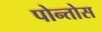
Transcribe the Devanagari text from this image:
पोन्तोस